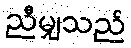
ညီမျှသည်